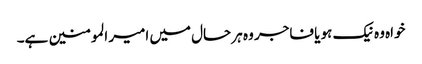
خواہ وہ نیک ہو یا فاجر وہ ہر حال میں امیر المومنین ہے۔